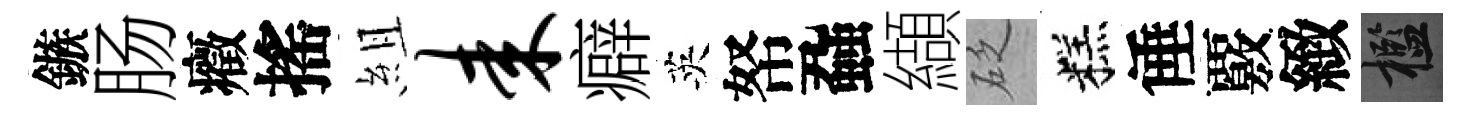
鏃肠癥搖組耒癖英帑蝨纈砭糕倕覈緻檻